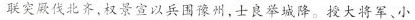
联突厥伐北齐，权景宣以兵围豫州，士良举城降。授大将军、小